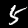
Label: 5